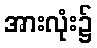
အားလုံး၌